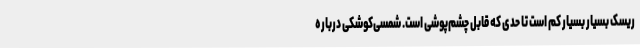
ریسک بسیار بسیار کم است تا حدی که قابل چشم‌پوشی است. شمسی‌کوشکی درباره